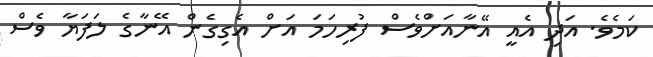
ކަމެވެ. އަދި އެއީ އޭނާއަށްވެސް ފުރިހަމަ އަށް އެގިގެން އޭނާގެ ލަފަޔާ ވެސް